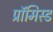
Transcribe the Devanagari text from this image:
प्रॉमिस्ड